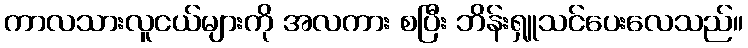
ကာလသားလူငယ်များကို အလကား စပြီး ဘိန်းရှူသင်ပေးလေသည်။